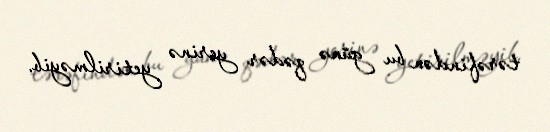
tərəfindən bu günə qədər yerinə yetirilməyib.